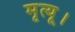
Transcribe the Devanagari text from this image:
मृत्यू।